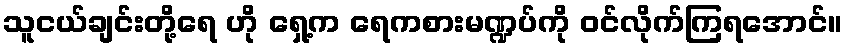
သူငယ်ချင်းတို့ရေ ဟို ရှေ့က ရေကစားမဏ္ဍပ်ကို ဝင်လိုက်ကြရအောင်။